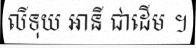
លីទុយ អានី ជាដើម ។